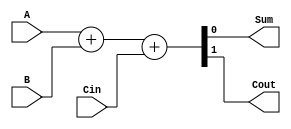
module Fulladder(A,B,Sum,Cin,Cout);
input A, B, Cin;
output wire Sum, Cout;

assign {Cout,Sum} = A + B + Cin;
endmodule